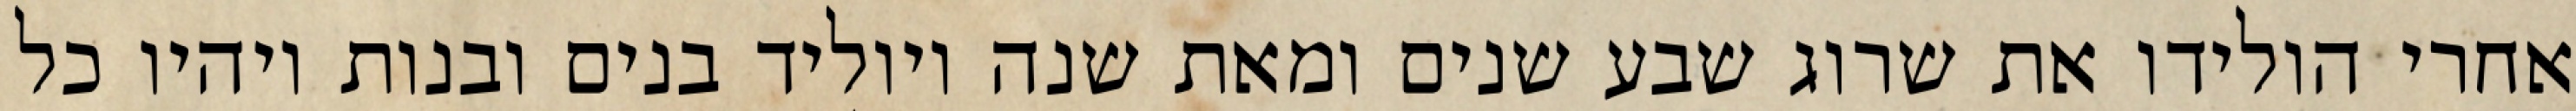
אחרי הולידו את שרוג שבע שנים ומאת שנה ויוליד בנים ובנות ויהיו כל